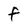
Character: F